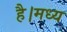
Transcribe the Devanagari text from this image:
है।मध्य